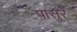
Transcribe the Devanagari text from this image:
पासुरे